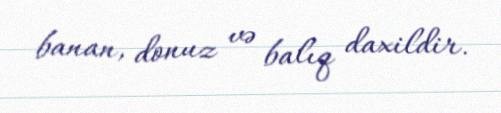
banan, donuz və balıq daxildir.